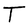
Character: T